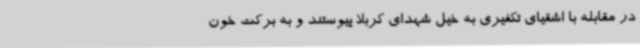
در مقابله با اشقیای تکفیری به خیل شهدای کربلا پیوستند و به برکت خون